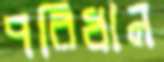
পরিধান